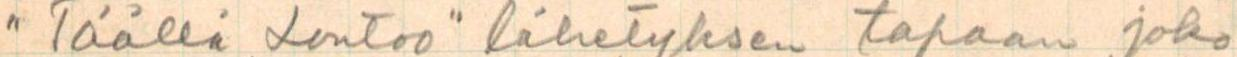
"Täällä Lontoo" lähetyksen tapaan joko